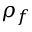
\rho _ { f }